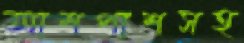
আশপাশসহ